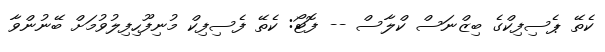
ކެތޭ ޕެސިފިކްގެ ބިޒްނަސް ކްލާސް -- ފޮޓޯ: ކެތޭ ފެސިފިކް މުނިފޫހިފިލުވުމަށް ބޭނުންވާ